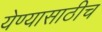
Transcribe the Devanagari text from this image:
येण्यासाठीच